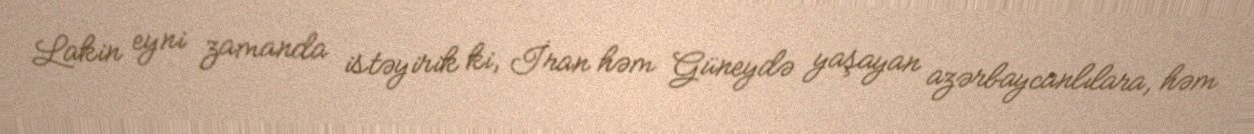
Lakin eyni zamanda istəyirik ki, İran həm Güneydə yaşayan azərbaycanlılara, həm